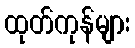
ထုတ်ကုန်များ